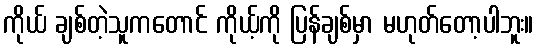
ကိုယ် ချစ်တဲ့သူကတောင် ကိုယ့်ကို ပြန်ချစ်မှာ မဟုတ်တော့ပါဘူး။